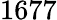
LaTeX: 1677